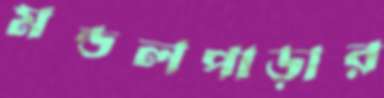
মন্ডলপাড়ার